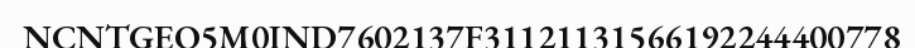
NCNTGEO5M0IND7602137F31121131566192244400778